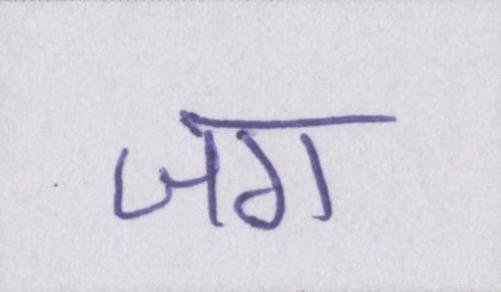
जग